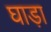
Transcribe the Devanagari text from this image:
घाड़ा